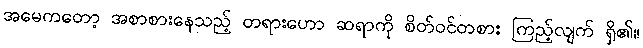
အမေကတော့ အစာစားနေသည့် တရားဟော ဆရာကို စိတ်ဝင်တစား ကြည့်လျက် ရှိ၏။